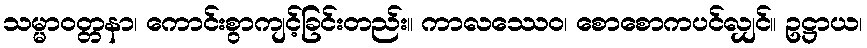
သမ္မာဝတ္တနာ၊ ကောင်းစွာကျင့်ခြင်းတည်း။ ကာလဿေဝ၊ စောစောကပင်လျှင်။ ဥဋ္ဌာယ၊